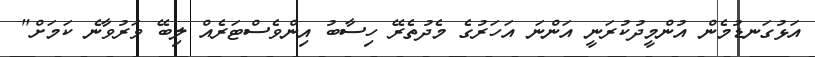
އަޅުގަނޑުމެން އުންމީދުކުރަނީ އަންނަ އަހަރުގެ މެދުތެރޭ ހިސާބު އިންވެސްޓަރެއް ލިބޭ ވަރުވާނެ ކަމަށް"